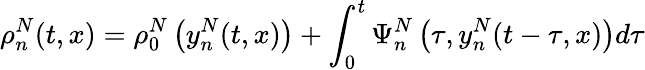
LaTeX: \rho_{n}^{N}(t,x)=\rho_{0}^{N}\left(y_{n}^{N}(t,x)\right)+\int_{0}^{t}\Psi_{n}^{N}\left(\tau,y_{n}^{N}(t-\tau,x)\right)d\tau